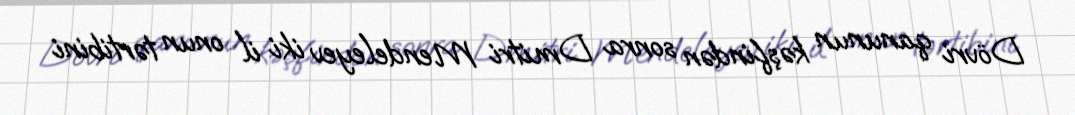
Dövri qanunun kəşfindən sonra Dmitri Mendeleyev iki il onun tərtibini